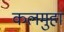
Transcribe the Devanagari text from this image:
कलमुहा